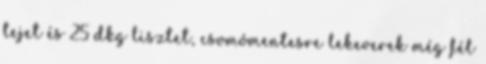
tejet és 25 dkg lisztet, csomómentesre lekeverek még fél